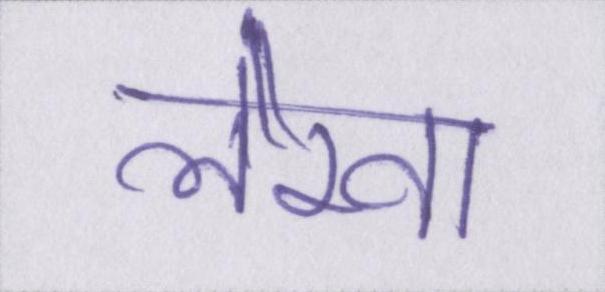
लेखा